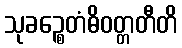
သုခဉ္စေတံဓိဝတ္တတီတိ